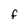
Character: F